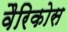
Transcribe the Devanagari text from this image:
वैरिकोस